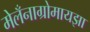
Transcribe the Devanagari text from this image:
मेलँनाग्रोमायझा